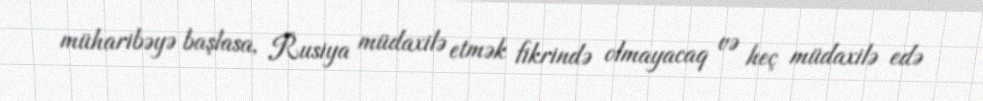
müharibəyə başlasa, Rusiya müdaxilə etmək fikrində olmayacaq və heç müdaxilə edə